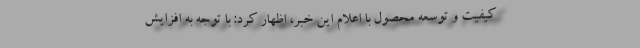
كيفيت و توسعه محصول با اعلام این خبر، اظهار کرد: با توجه به افزایش